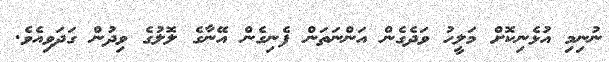
ނުނިމި އުޅެނިކޮށް މަލީހު ވަދެގެން އަންނަތަން ފެނިގެން އޭނާގެ ލޮލުގެ ވިދުން ގަދަވިއެވެ.